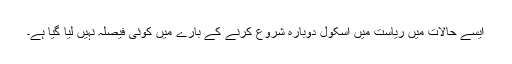
ایسے حالات میں ریاست میں اسکول دوبارہ شروع کرنے کے بارے میں کوئی فیصلہ نہیں لیا گیا ہے۔